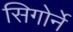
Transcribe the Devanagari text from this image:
सिगोर्ने